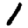
Digit: 1